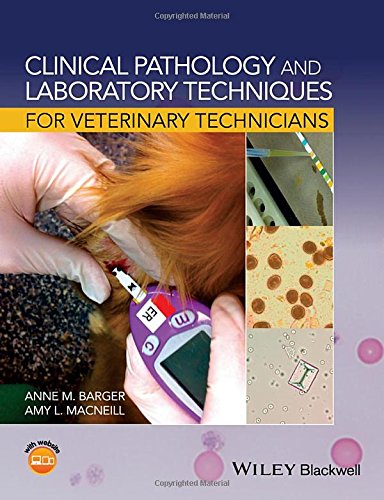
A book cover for Clinical Pathology and Laboratory Techniques for Veterinary Technicians; Medical Books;